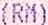
(RM)